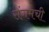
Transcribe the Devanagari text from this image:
संगमची